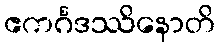
ဧကင်္ဂဒဿိနောတိ